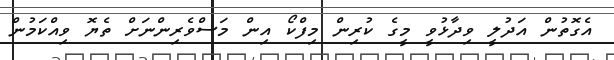
އެގޮތުން އަދުލީ ވިދާޅުވީ މީގެ ކުރިން މިފްކޯ އިން މަސްވެރިންނަށް ތެޔޮ ވިއްކަމުން